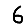
Digit: 6